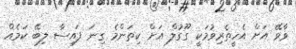
ވާވޭ އަށް އެހީތެރިވުމަކީ ގޫގުލް އަށް ކިތަންމެ ގިނަ ފައިސާ ލިބޭ ކަމެއް